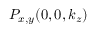
P _ { x , y } ( 0 , 0 , k _ { z } )